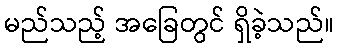
မည်သည့် အခြေတွင် ရှိခဲ့သည်။